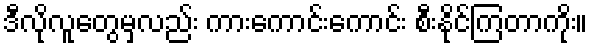
ဒီလိုလူတွေမှလည်း ကားကောင်းကောင်း စီးနိုင်ကြတာကိုး။